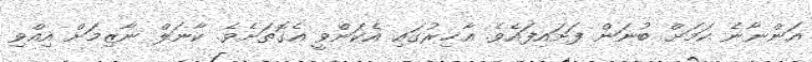
އަންނާނެ ކަމަށް ބުނަން ފަށައިފައެވެ. އާޚިރުގައި އެކަންވީ އެގޮތަށެވެ. ކާނަލް ނާޒިމަށް އިއްވި